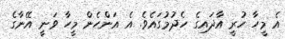
އެ މީހާ ހުރީީ އާދައިގެ ހެދުމުގައެވެ. އެ އަންހެން މީހާ ވަނީ އޭނާގެ